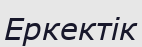
Еркектік